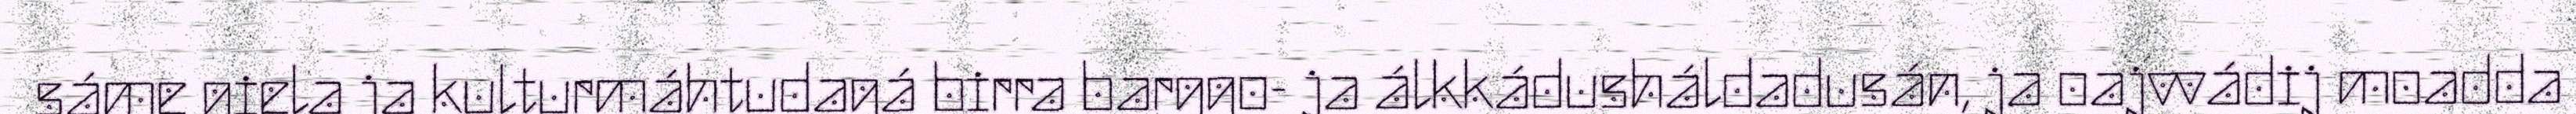
sáme giela ja kulturmáhtudagá birra barggo- ja álkkádusháldadusán, ja oajvvádij moadda